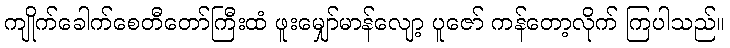
ကျိုက်ခေါက်စေတီတော်ကြီးထံ ဖူးမျှော်မာန်လျော့ ပူဇော် ကန်တော့လိုက် ကြပါသည်။